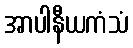
အာပါနီယကံသံ